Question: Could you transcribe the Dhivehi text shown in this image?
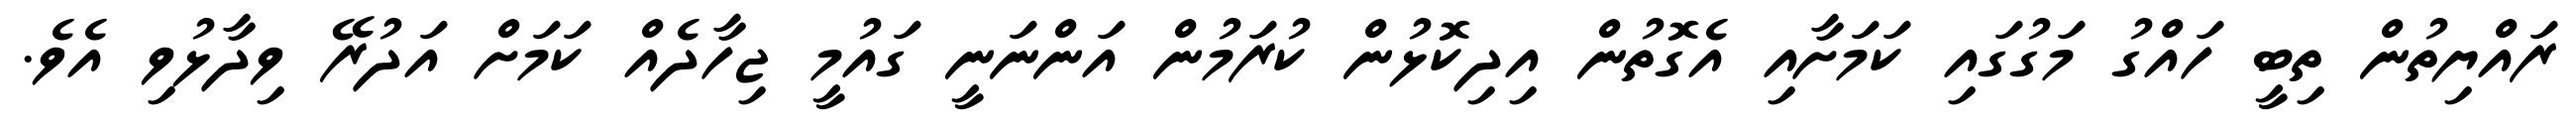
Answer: ރައްޔިތުން ތިބީ ހައްގު މަގުގައި ކަމަށާއި އެގޮތުން އިދިކޮޅުން ކުރަމުން އަންނަނީ ގައުމީ ޖިހާދެއް ކަމަށް އަދުރޭ ވިދާޅުވި އެވެ.